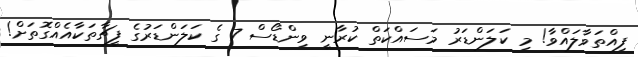
ފިއްތަވާލައްވާ! މި ކަލަންޑަރު މަސައްކަތް ކުރާނީ ވިންޑޯސް 7 ގެ ކަލަންޑަރުގެ ފީޗާތަކާއެއްގޮތަށް!